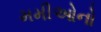
મમીઓનો